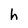
Character: h